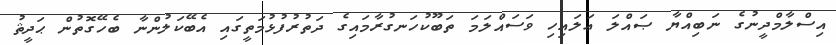
އިސްލާމްދީނުގެ ނަބިއްޔާ ޞައްލަ ޢަލައިހި ވަސައްލަމަ ތަބޫކުހަނގުރާމައިގެ ދަތުރުފުޅުމަތީގައި އެބޭކަލުންނާ ބެހޭގޮތުން ޙަދީޘު